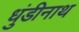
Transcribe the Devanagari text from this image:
धुंडीनाथ